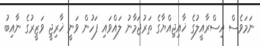
ނަމަވެސް އިސްރާއީލުގެ ޚާއިޖިއްޔާގެ ތަރުޖަމާނު ލައްވައި ފަހުން ވަނީ ޚާރިޖީ ވަޒީރުގެ ނާއިބު